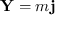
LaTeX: \mathbf { Y } = m \mathbf { j }